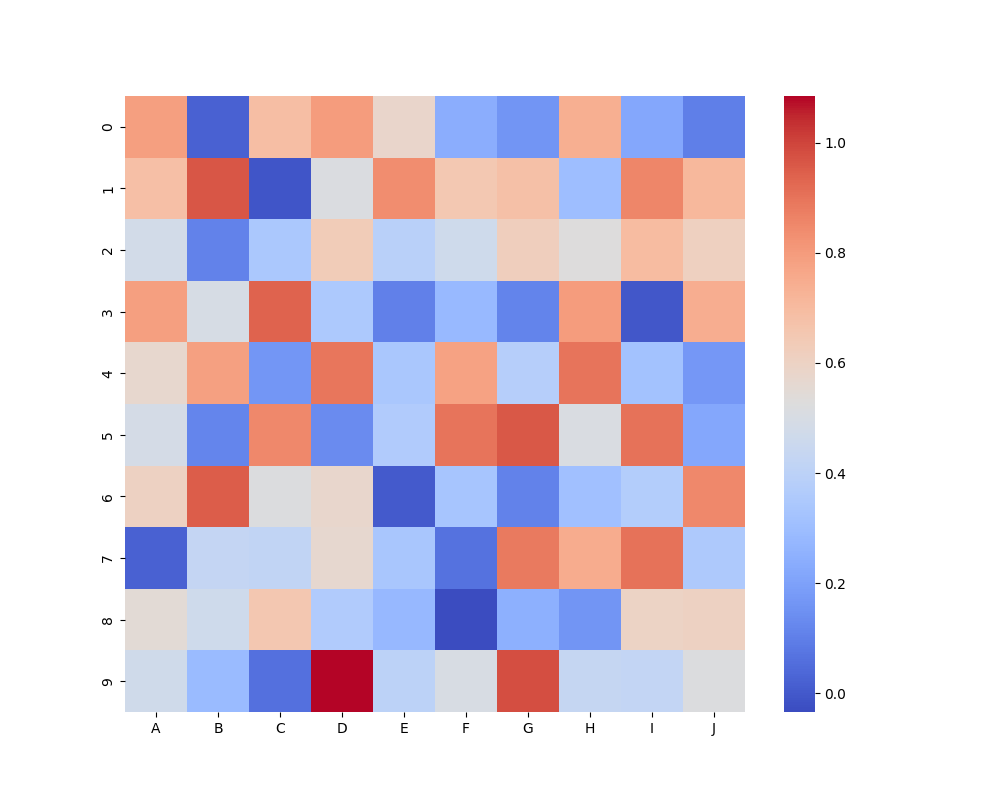
python, seaborn, heatmap, cmap='coolwarm', linewidths=0.0, center=none